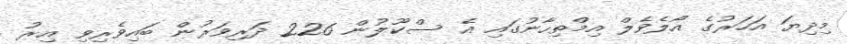
މިދިޔަ އަހަރުގެ އޯލެވެލް އިމްތިހާނުގައި އެ ސްކޫލުން 226 ދަރިވަރުން ބައިވެރިވި އިރު